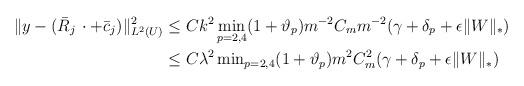
\begin{align*}\Vert y - (\bar{R}_j \, \cdot + \bar{c}_j)\Vert^2_{L^2(U)} & \le Ck^2 \min_{p=2,4}(1+\vartheta_p) m^{-2} C_m m^{-2} ( \gamma + \delta_{p} + \epsilon\Vert W\Vert_*) \\& \le C \lambda^2 \min\nolimits_{p=2,4}(1+\vartheta_p) m^{2} C^2_m (\gamma + \delta_p + \epsilon \Vert W \Vert_*)\end{align*}